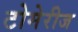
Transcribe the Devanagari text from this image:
टोमेरीज